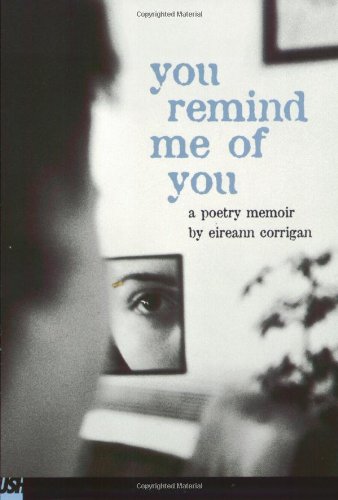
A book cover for You Remind Me Of You: A Poetry Memoir; Eireann Corrigan; Teen & Young Adult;